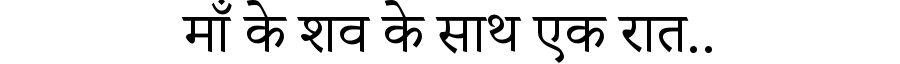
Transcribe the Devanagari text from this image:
माँ के शव के साथ एक रात..